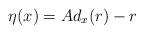
LaTeX: \begin{align*} \eta(x)=Ad_x(r)-r \end{align*}